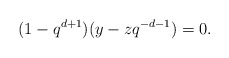
\begin{align*}(1-q^{d+1})(y-zq^{-d-1})=0.\end{align*}